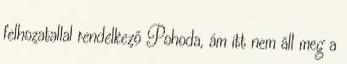
felhozatallal rendelkező Pohoda, ám itt nem áll meg a